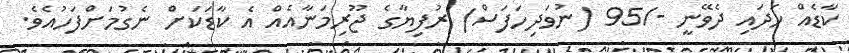
ކާޑެއް ހަދައި ދެވޭނީ -/95 (ނުވަދިހަފަސް) ރުފިޔާގެ ޖޫރިމަނާއެއް އެ ކާޑަކަށް ނެގުމަށްފަހުއެވެ.